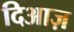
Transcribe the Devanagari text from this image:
दिआज़